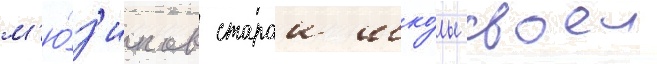
м'ю́з'иклов старои шко́лы своеи